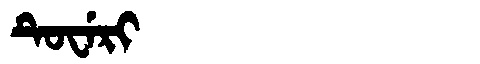
Manchu: ᡨᡠᠸᡝᡵᡳ
Romanization: TUWERI